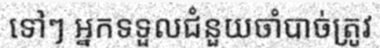
ទៅៗ អ្នកទទួលជំនួយចាំបាច់ត្រូវ